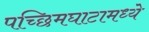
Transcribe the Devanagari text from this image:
पच्छिमघाटामध्ये